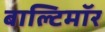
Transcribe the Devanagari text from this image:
बाल्टिमॉर